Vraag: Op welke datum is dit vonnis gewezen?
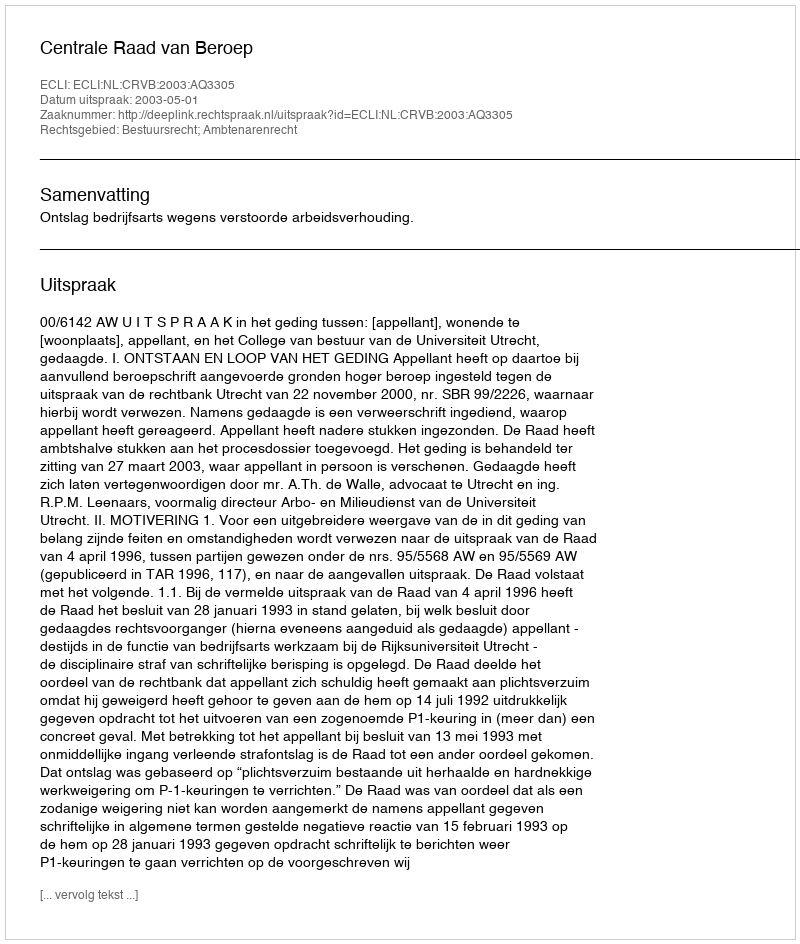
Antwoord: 2003-05-01